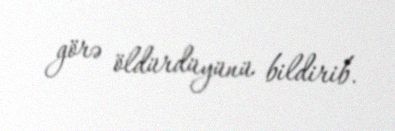
görə öldürdüyünü bildirib.